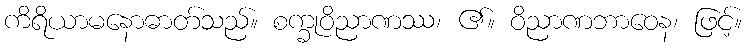
ကိရိယာမနောဓာတ်သည်။ စက္ခုဝိညာဏဿ၊ ၏။ ဝိညာဏဘာဝေန၊ ဖြင့်။